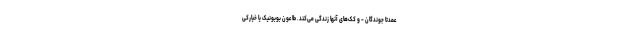
عمدتا جوندگان - و کک‌های آنها زندگی می‌کند. طاعون بوبونیک یا خیارکی